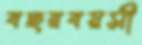
বছরবয়সী